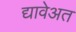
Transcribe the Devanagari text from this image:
द्यावेअत